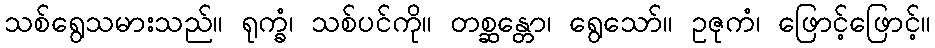
သစ်ရွေသမားသည်။ ရုက္ခံ၊ သစ်ပင်ကို။ တစ္ဆန္တော၊ ရွေသော်။ ဥဇုကံ၊ ဖြောင့်ဖြောင့်။